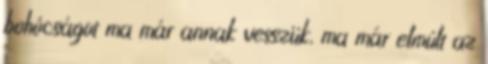
bohócságot ma már annak vesszük, ma már elmúlt az